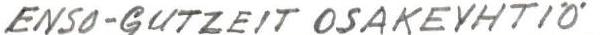
ENSO-GUTZEIT OSAKEYHTIÖ